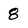
Character: 8